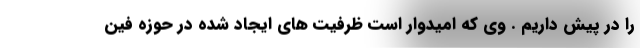
را در پیش داریم . وی که امیدوار است ظرفیت های ایجاد شده در حوزه فین